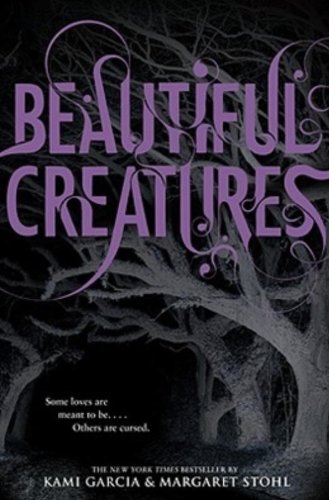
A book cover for Beautiful Creatures; Kami Garcia; Teen & Young Adult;